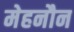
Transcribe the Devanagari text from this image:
मेहनौन